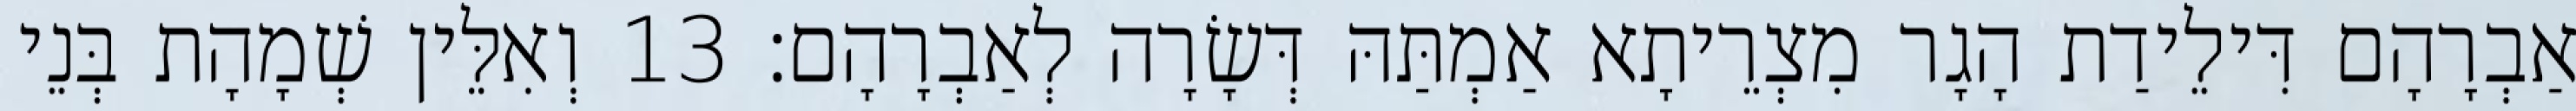
אַבְרָהָם דִּילֵידַת הָגָר מִצְרֵיתָא אַמְתַּהּ דְּשָׂרָה לְאַבְרָהָם׃ 13 וְאִלֵּין שְׁמָהָת בְּנֵי